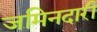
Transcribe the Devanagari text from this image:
जमिनदारी